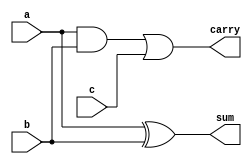
module CarrySaveAdder (
    input  wire [N-1:0] a, // First operand
    input  wire [N-1:0] b, // Second operand
    input  wire [N-1:0] c, // Carry from previous stage
    output wire [N-1:0] sum, // Sum output
    output wire [N-1:0] carry // Carry output
);
    parameter N = 8; // Bit width

    assign sum = a ^ b; // Sum is the XOR of inputs
    assign carry = (a & b) | c; // Carry is the AND of inputs ORed with carry

endmodule